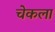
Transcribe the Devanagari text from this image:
चेकला